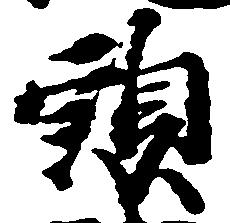
頭